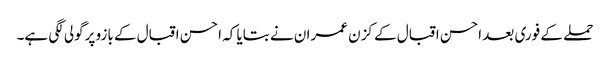
حملے کے فوری بعد احسن اقبال کے کزن عمران نے بتایا کہ احسن اقبال کے بازو پرگولی لگی ہے۔